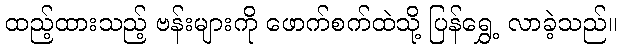
ထည့်ထားသည့် ဗန်းများကို ဖောက်စက်ထဲသို့ ပြန်ရွှေ့ လာခဲ့သည်။